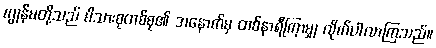
ကျွန်မတို့သည် မိသားစုတစ်စု၏ အနောက်မှ တစ်နာရီကြာမျှ လိုက်ပါလာကြသည်။